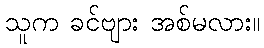
သူက ခင်ဗျား အစ်မလား။